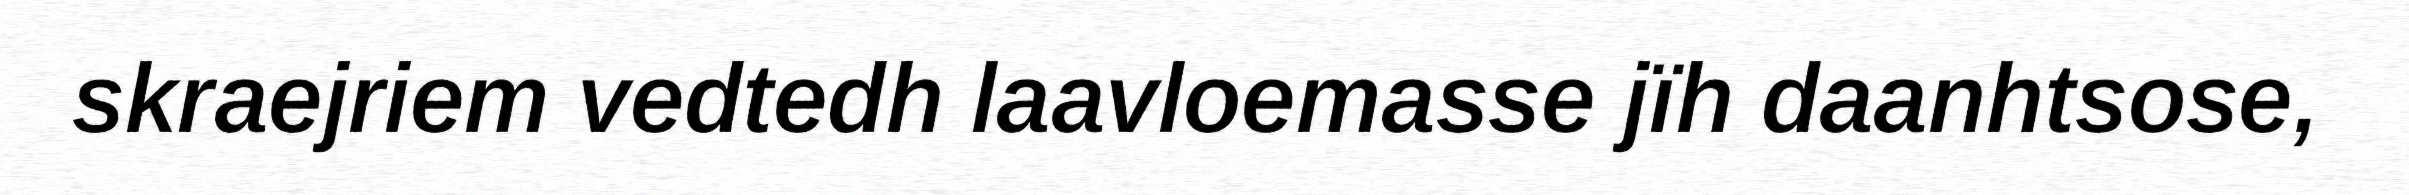
skraejriem vedtedh laavloemasse jïh daanhtsose,